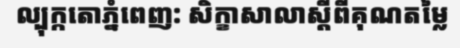
ល្បុក្កតោភ្នំពេញ: សិក្ខាសាលាស្តីពីគុណតម្លៃ